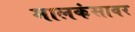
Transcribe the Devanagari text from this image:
मालकंसावर